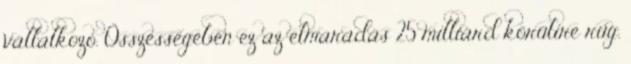
vállalkozó. Összességében ez az elmaradás 25 milliárd körülire rúg.